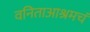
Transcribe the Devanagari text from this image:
वनिताआश्रमचं